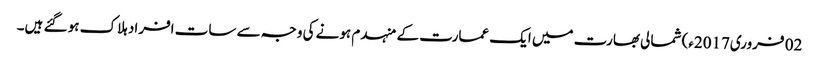
02 فروری2017ء) شمالی بھارت میں ایک عمارت کے منہدم ہونے کی وجہ سے سات افراد ہلاک ہو گئے ہیں۔